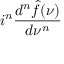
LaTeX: i ^ { n } { \frac { d ^ { n } { \hat { f } } ( \nu ) } { d \nu ^ { n } } }